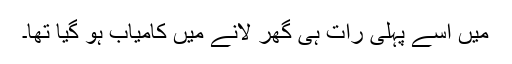
میں اسے پہلی رات ہی گھر لانے میں کامیاب ہو گیا تھا۔